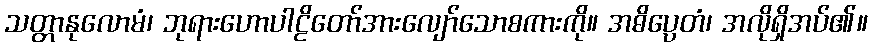
သတ္တာနုလောမံ၊ ဘုရားဟောပါဠိတော်အားလျော်သောစကားကို။ အဓိပ္ပေတံ၊ အလိုရှိအပ်၏။